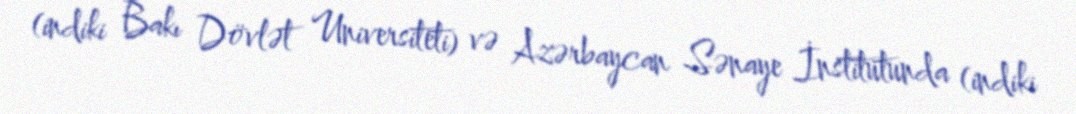
(indiki Bakı Dövlət Universiteti) və Azərbaycan Sənaye İnstitutunda (indiki